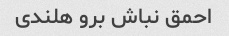
احمق نباش برو هلندی